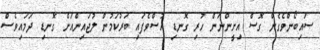
ސައިބޯންވެގެން ގޮސް އިށީންނަން ހުރި ގޮނޑި އުސްވެފައި ބަރުކަމުން ލުޖައިންއަށް ގޮނޑި ދަމައިވެސް